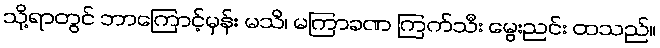
သို့ရာတွင် ဘာကြောင့်မှန်း မသိ၊ မကြာခဏ ကြက်သီး မွေးညင်း ထသည်။